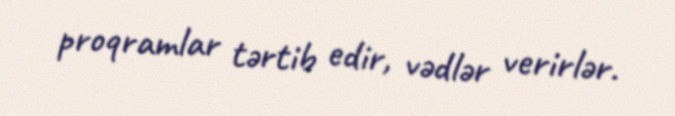
proqramlar tərtib edir, vədlər verirlər.